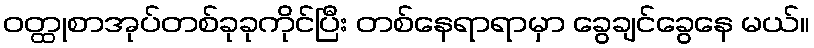
ဝတ္ထုစာအုပ်တစ်ခုခုကိုင်ပြီး တစ်နေရာရာမှာ ခွေချင်ခွေနေ မယ်။